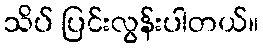
သိပ် ပြင်းလွန်းပါတယ်။